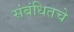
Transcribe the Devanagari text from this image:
संबंधितचे